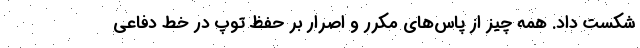
شکست داد. همه چیز از پاس‌های مکرر و اصرار بر حفظ توپ در خط دفاعی